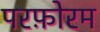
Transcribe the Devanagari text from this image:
परफ़ोरम